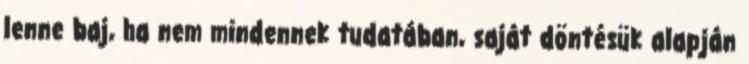
lenne baj, ha nem mindennek tudatában, saját döntésük alapján